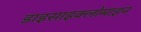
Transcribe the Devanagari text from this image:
डाइसाइक्लोमाइन